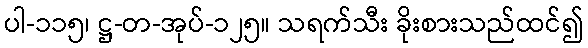
ပါ-၁၁၅၊ ဋ္ဌ-တ-အုပ်-၁၂၅။ သရက်သီး ခိုးစားသည်ထင်၍